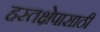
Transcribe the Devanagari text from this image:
हस्तक्षेपासाठी